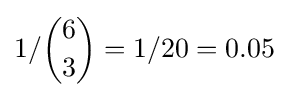
1/{\binom {6}{3}}=1/20=0.05